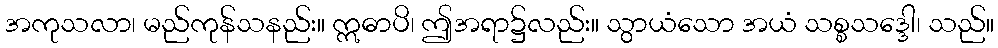
အကုသလာ၊ မည်ကုန်သနည်း။ ဣဓာပိ၊ ဤအရာ၌လည်း။ သွာယံသော အယံ သစ္စသဒ္ဒေါ၊ သည်။